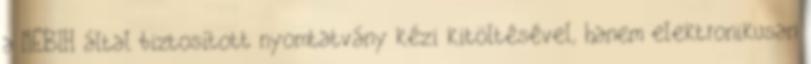
a NÉBIH által biztosított nyomtatvány kézi kitöltésével, hanem elektronikusan